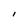
Character: l